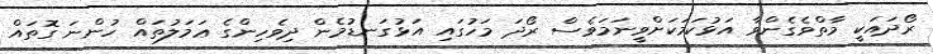
ރޯދައަކީ މާތްވެގެންވާ އަޅުކަމަކަށްވީނަމަވެސް ރޯދަ މަހުގައި އަޅުގަނޑުމެން ދިވެހިންގެ ޢަމަލުތައް ހުންނަ ގޮތައް